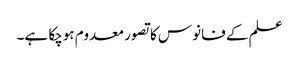
علم کے فانوس کا تصور معدوم ہوچکا ہے۔